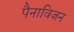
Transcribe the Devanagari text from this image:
पैनाविजन